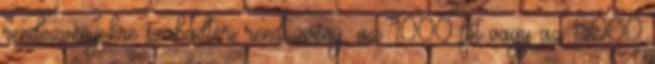
rendezvényekre szabadtéri rendezvény: az 1000 főt vagy az 5000